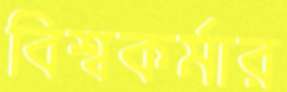
বিশ্বকর্মার